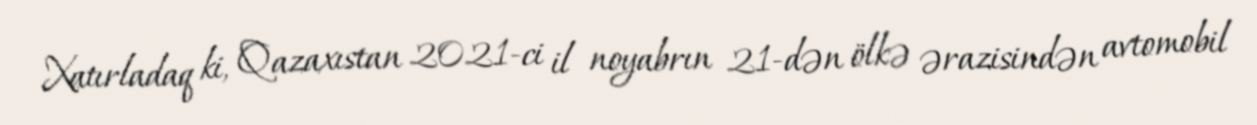
Xatırladaq ki, Qazaxıstan 2021-ci il noyabrın 21-dən ölkə ərazisindən avtomobil